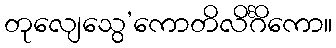
တုလျေသွေ’ကောတိလိင်္ဂိကော။